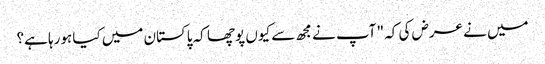
میں نے عرض کی کہ " آپ نے مجھ سے کیوں پوچھا کہ پاکستان میں کیا ہورہا ہے؟